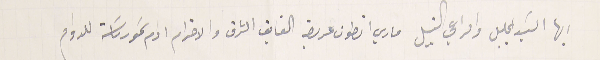
ايها السَيد الجليل والراعي النبيل ماري انطون عريضة الفايق الشزف والاحترام ادام سَمو رىاسَته للدوام